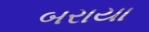
બરાયા